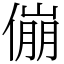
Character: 傰